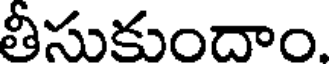
తీసుకుందాం.